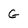
Character: G